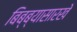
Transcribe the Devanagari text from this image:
बिब्ब्यासारखे